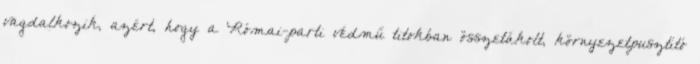
vagdalkozik, azért, hogy a Római-parti védmű titokban összetákolt, környezetpusztító